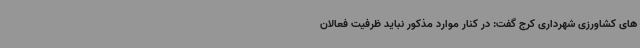
های کشاورزی شهرداری کرج گفت: در کنار موارد مذکور نباید ظرفیت فعالان